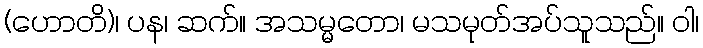
(ဟောတိ)၊ ပန၊ ဆက်။ အသမ္မတော၊ မသမုတ်အပ်သူသည်။ ဝါ၊